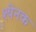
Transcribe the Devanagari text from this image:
श्येनक